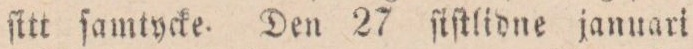
fktt famtycke. Den 27 ſiſtlidne januari